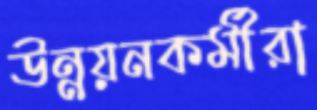
উন্নয়নকর্মীরা